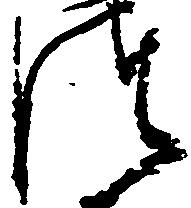
つ